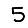
Digit: 5